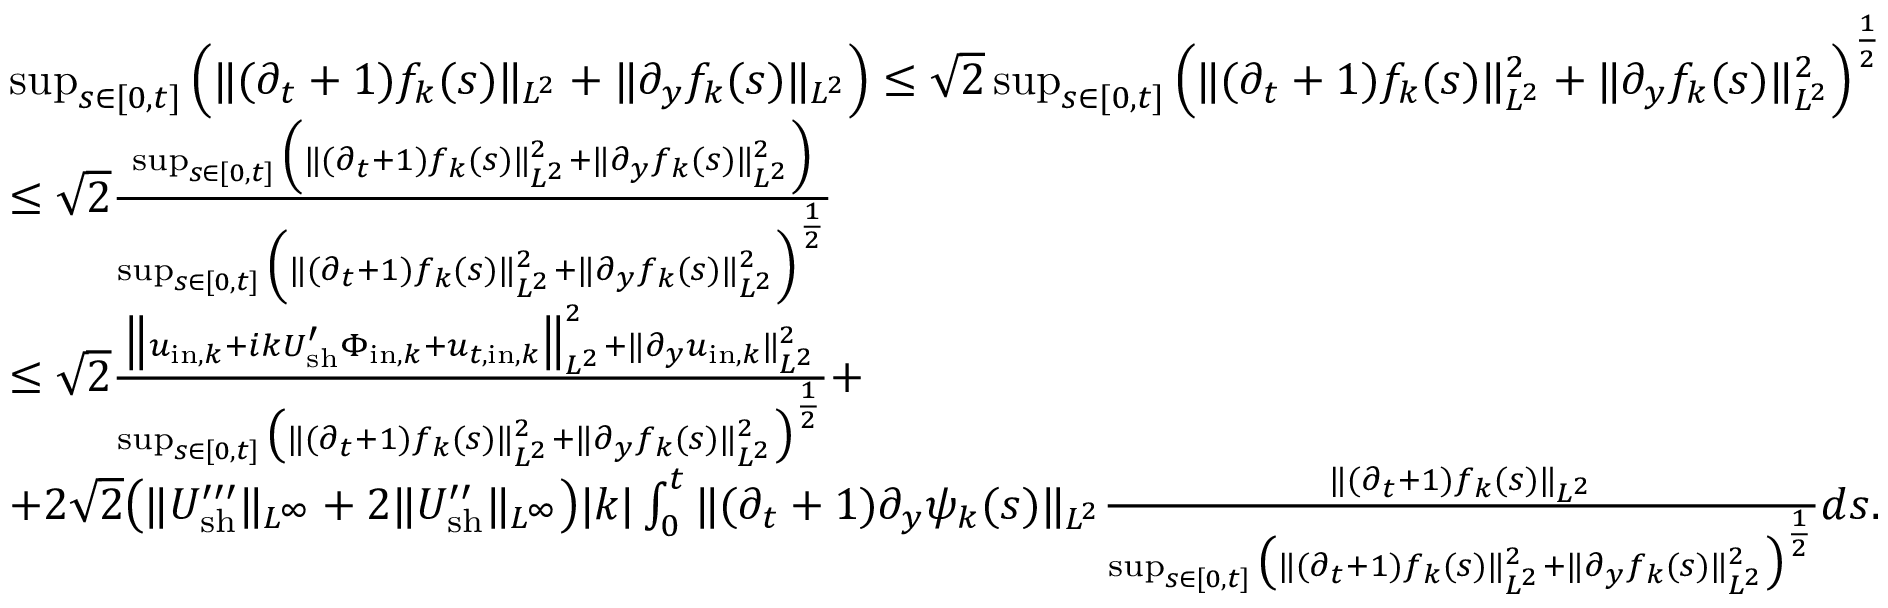
\begin{array} { r l } & { \operatorname* { s u p } _ { s \in [ 0 , t ] } \Big ( \| ( \partial _ { t } + 1 ) f _ { k } ( s ) \| _ { L ^ { 2 } } + \| \partial _ { y } f _ { k } ( s ) \| _ { L ^ { 2 } } \Big ) \leq \sqrt { 2 } \operatorname* { s u p } _ { s \in [ 0 , t ] } \Big ( \| ( \partial _ { t } + 1 ) f _ { k } ( s ) \| _ { L ^ { 2 } } ^ { 2 } + \| \partial _ { y } f _ { k } ( s ) \| _ { L ^ { 2 } } ^ { 2 } \Big ) ^ { \frac { 1 } { 2 } } } \\ & { \leq \sqrt { 2 } \frac { \operatorname* { s u p } _ { s \in [ 0 , t ] } \Big ( \| ( \partial _ { t } + 1 ) f _ { k } ( s ) \| _ { L ^ { 2 } } ^ { 2 } + \| \partial _ { y } f _ { k } ( s ) \| _ { L ^ { 2 } } ^ { 2 } \Big ) } { \operatorname* { s u p } _ { s \in [ 0 , t ] } \Big ( \| ( \partial _ { t } + 1 ) f _ { k } ( s ) \| _ { L ^ { 2 } } ^ { 2 } + \| \partial _ { y } f _ { k } ( s ) \| _ { L ^ { 2 } } ^ { 2 } \Big ) ^ { \frac { 1 } { 2 } } } } \\ & { \leq \sqrt { 2 } \frac { \big \| u _ { \mathrm { i n } , k } + i k U _ { \mathrm { s h } } ^ { \prime } \Phi _ { \mathrm { i n } , k } + u _ { t , \mathrm { i n } , k } \big \| _ { L ^ { 2 } } ^ { 2 } + \| \partial _ { y } u _ { \mathrm { i n } , k } \| _ { L ^ { 2 } } ^ { 2 } } { \operatorname* { s u p } _ { s \in [ 0 , t ] } \big ( \| ( \partial _ { t } + 1 ) f _ { k } ( s ) \| _ { L ^ { 2 } } ^ { 2 } + \| \partial _ { y } f _ { k } ( s ) \| _ { L ^ { 2 } } ^ { 2 } \big ) ^ { \frac { 1 } { 2 } } } + } \\ & { + 2 \sqrt { 2 } \big ( \| U _ { \mathrm { s h } } ^ { \prime \prime \prime } \| _ { L ^ { \infty } } + 2 \| U _ { \mathrm { s h } } ^ { \prime \prime } \| _ { L ^ { \infty } } \big ) | k | \int _ { 0 } ^ { t } \| ( \partial _ { t } + 1 ) \partial _ { y } \psi _ { k } ( s ) \| _ { L ^ { 2 } } \frac { \| ( \partial _ { t } + 1 ) f _ { k } ( s ) \| _ { L ^ { 2 } } } { \operatorname* { s u p } _ { s \in [ 0 , t ] } \big ( \| ( \partial _ { t } + 1 ) f _ { k } ( s ) \| _ { L ^ { 2 } } ^ { 2 } + \| \partial _ { y } f _ { k } ( s ) \| _ { L ^ { 2 } } ^ { 2 } \big ) ^ { \frac { 1 } { 2 } } } d s . } \end{array}